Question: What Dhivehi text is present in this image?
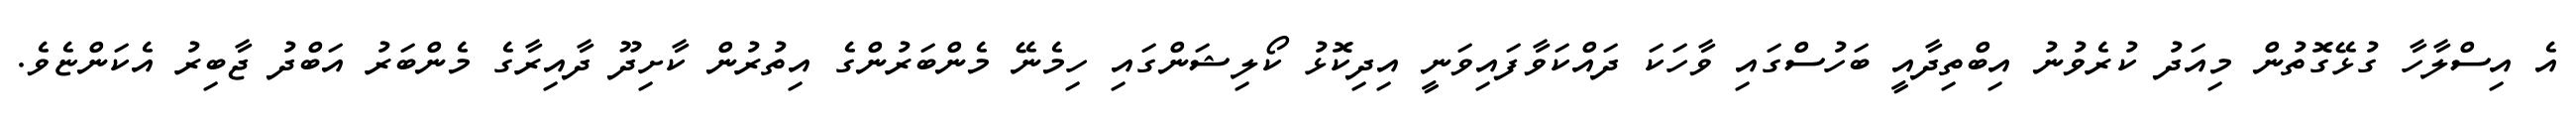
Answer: އެ އިސްލާހާ ގުޅޭގޮތުން މިއަދު ކުރެވުނު އިބްތިދާއީ ބަހުސްގައި ވާހަކަ ދައްކަވާފައިވަނީ އިދިކޮޅު ކޯލިޝަންގައި ހިމެނޭ މެންބަރުންގެ އިތުރުން ކާށިދޫ ދާއިރާގެ މެންބަރު އަބްދު ޖާބިރު އެކަންޏެވެ.